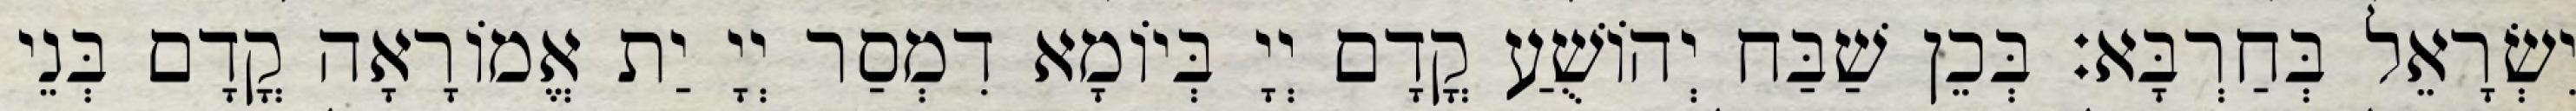
יִשְׂרָאֵל בְּחַרְבָּא׃ בְּכֵן שַׁבַּח יְהוֹשֻׁעַ קֳדָם יְיָ בְּיוֹמָא דִמְסַר יְיָ יַת אֱמוֹרָאָה קֳדָם בְּנֵי